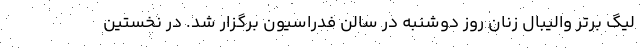
لیگ برتر والیبال زنان روز دوشنبه در سالن فدراسیون برگزار شد. در نخستین